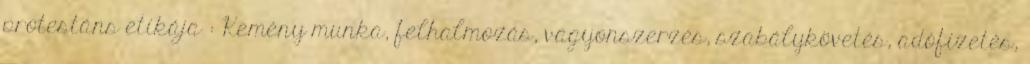
protestáns etikája : Kemény munka, felhalmozás, vagyonszerzés, szabálykövetés, adófizetés,